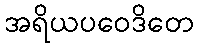
အရိယပဝေဒိတေ